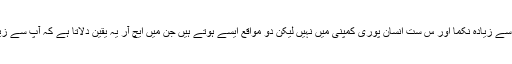
کارپوریٹ دنیا میں بھلے آپ کو یہ بارہا باور کرایا جاتا ہے کہ آپ سے زیادہ نکّما اور س ست انسان پوری کمپنی میں نہیں لیکن دو مواقع ایسے ہوتے ہیں جن میں ایچ آر یہ یقین دلاتا ہے کہ آپ سے زیادہ کوئی قابل اور محنتی انسان کمپنی کیا پوری دنیا میں کوئی نہیں۔